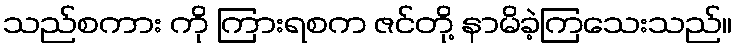
သည်စကား ကို ကြားရစက ဇင်တို့ နာမိခဲ့ကြသေးသည်။